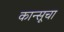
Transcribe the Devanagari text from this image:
कान्सूचा